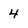
Character: 4